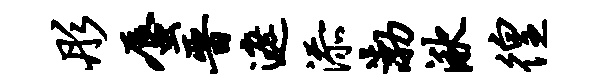
彤蜃晋遮添渤湫徨